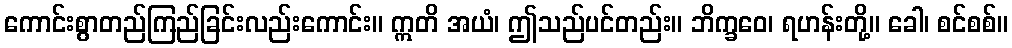
ကောင်းစွာတည်ကြည်ခြင်းလည်းကောင်း။ ဣတိ အယံ၊ ဤသည်ပင်တည်း။ ဘိက္ခဝေ၊ ရဟန်းတို့။ ခေါ၊ စင်စစ်။